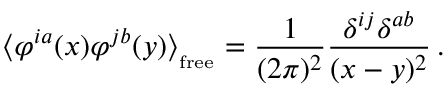
\langle \varphi ^ { i a } ( x ) \varphi ^ { j b } ( y ) \rangle _ { _ { \mathrm { f r e e } } } = \frac { 1 } { ( 2 \pi ) ^ { 2 } } \frac { \delta ^ { i j } \delta ^ { a b } } { ( x - y ) ^ { 2 } } \, .